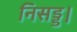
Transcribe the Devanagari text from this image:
निसड्ड।